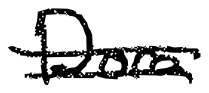
Text: Dora
Cross-out: mix
Writing tool: digital_black